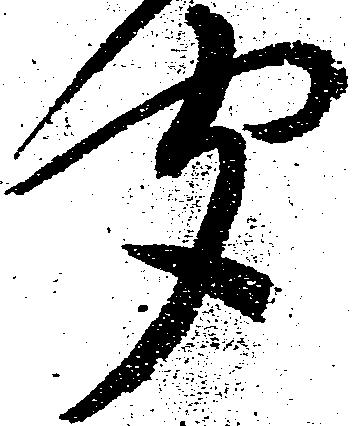
聞